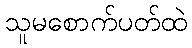
သူမစောက်ပတ်ထဲ